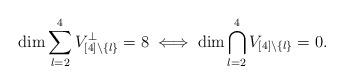
LaTeX: \begin{align*} \dim \sum_{l = 2}^4 V_{[4] \setminus \{ l \}}^\perp = 8 \iff \dim \bigcap_{l=2}^4 V_{[4] \setminus \{ l \}} = 0. \end{align*}